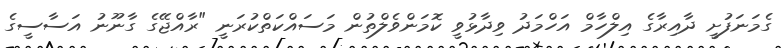
ގެމަނަފުށީ ދާއިރާގެ އިލްހާމް އަހްމަދު ވިދާޅުވީ ކޮމަންވެލްތުން މަސައްކަތްކުރަނީ "ރާއްޖޭގެ ގާނޫނު އަސާސީގެ